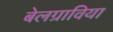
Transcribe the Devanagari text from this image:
बेलग्राविया